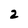
Character: 2